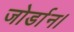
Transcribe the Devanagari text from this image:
जोर्डान।